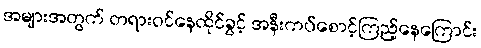
အများအတွက် တရားဝင်နေထိုင်ခွင့် အနီးကပ်စောင့်ကြည့်နေကြောင်း